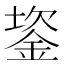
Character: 䤰